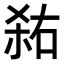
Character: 𭪎